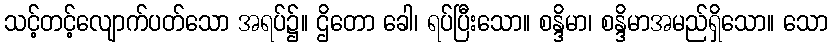
သင့်တင့်လျောက်ပတ်သော အရပ်၌။ ဌိတော ခေါ၊ ရပ်ပြီးသော။ စန္ဒိမာ၊ စန္ဒိမာအမည်ရှိသော။ သော